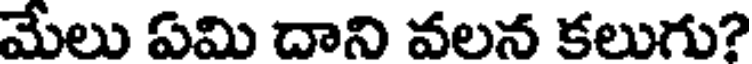
మేలు ఏమి దాని వలన కలుగు?